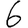
Digit: 6